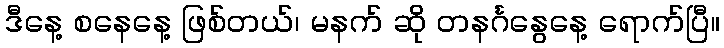
ဒီနေ့ စနေနေ့ ဖြစ်တယ်၊ မနက် ဆို တနင်္ဂနွေနေ့ ရောက်ပြီ။